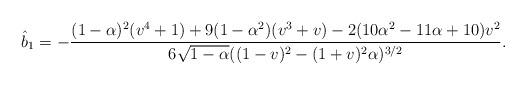
LaTeX: \begin{align*}\hat b_1=-\frac{(1-\alpha)^2(v^4+1)+9(1-\alpha^2)(v^3+v)-2(10\alpha^2-11\alpha+10)v^2}{6\sqrt{1-\alpha}((1-v)^2-(1+v)^2\alpha)^{3/2}}.\end{align*}